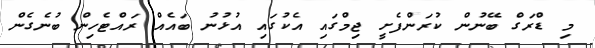
މި ޑްރަގް ބޭނުން ކުރަންފެށީ ޖިމްގައި އެކުގައި އުޅުނު ބައެއް ރައްޓެހިން ބުނެގެން